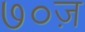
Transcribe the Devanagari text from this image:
७०ज़